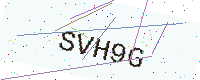
Text: SVH9G